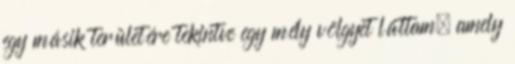
egy másik területére tekintve egy mély völgyet láttam, amely